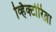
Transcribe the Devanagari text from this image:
व्हिक्टोरिव्ना